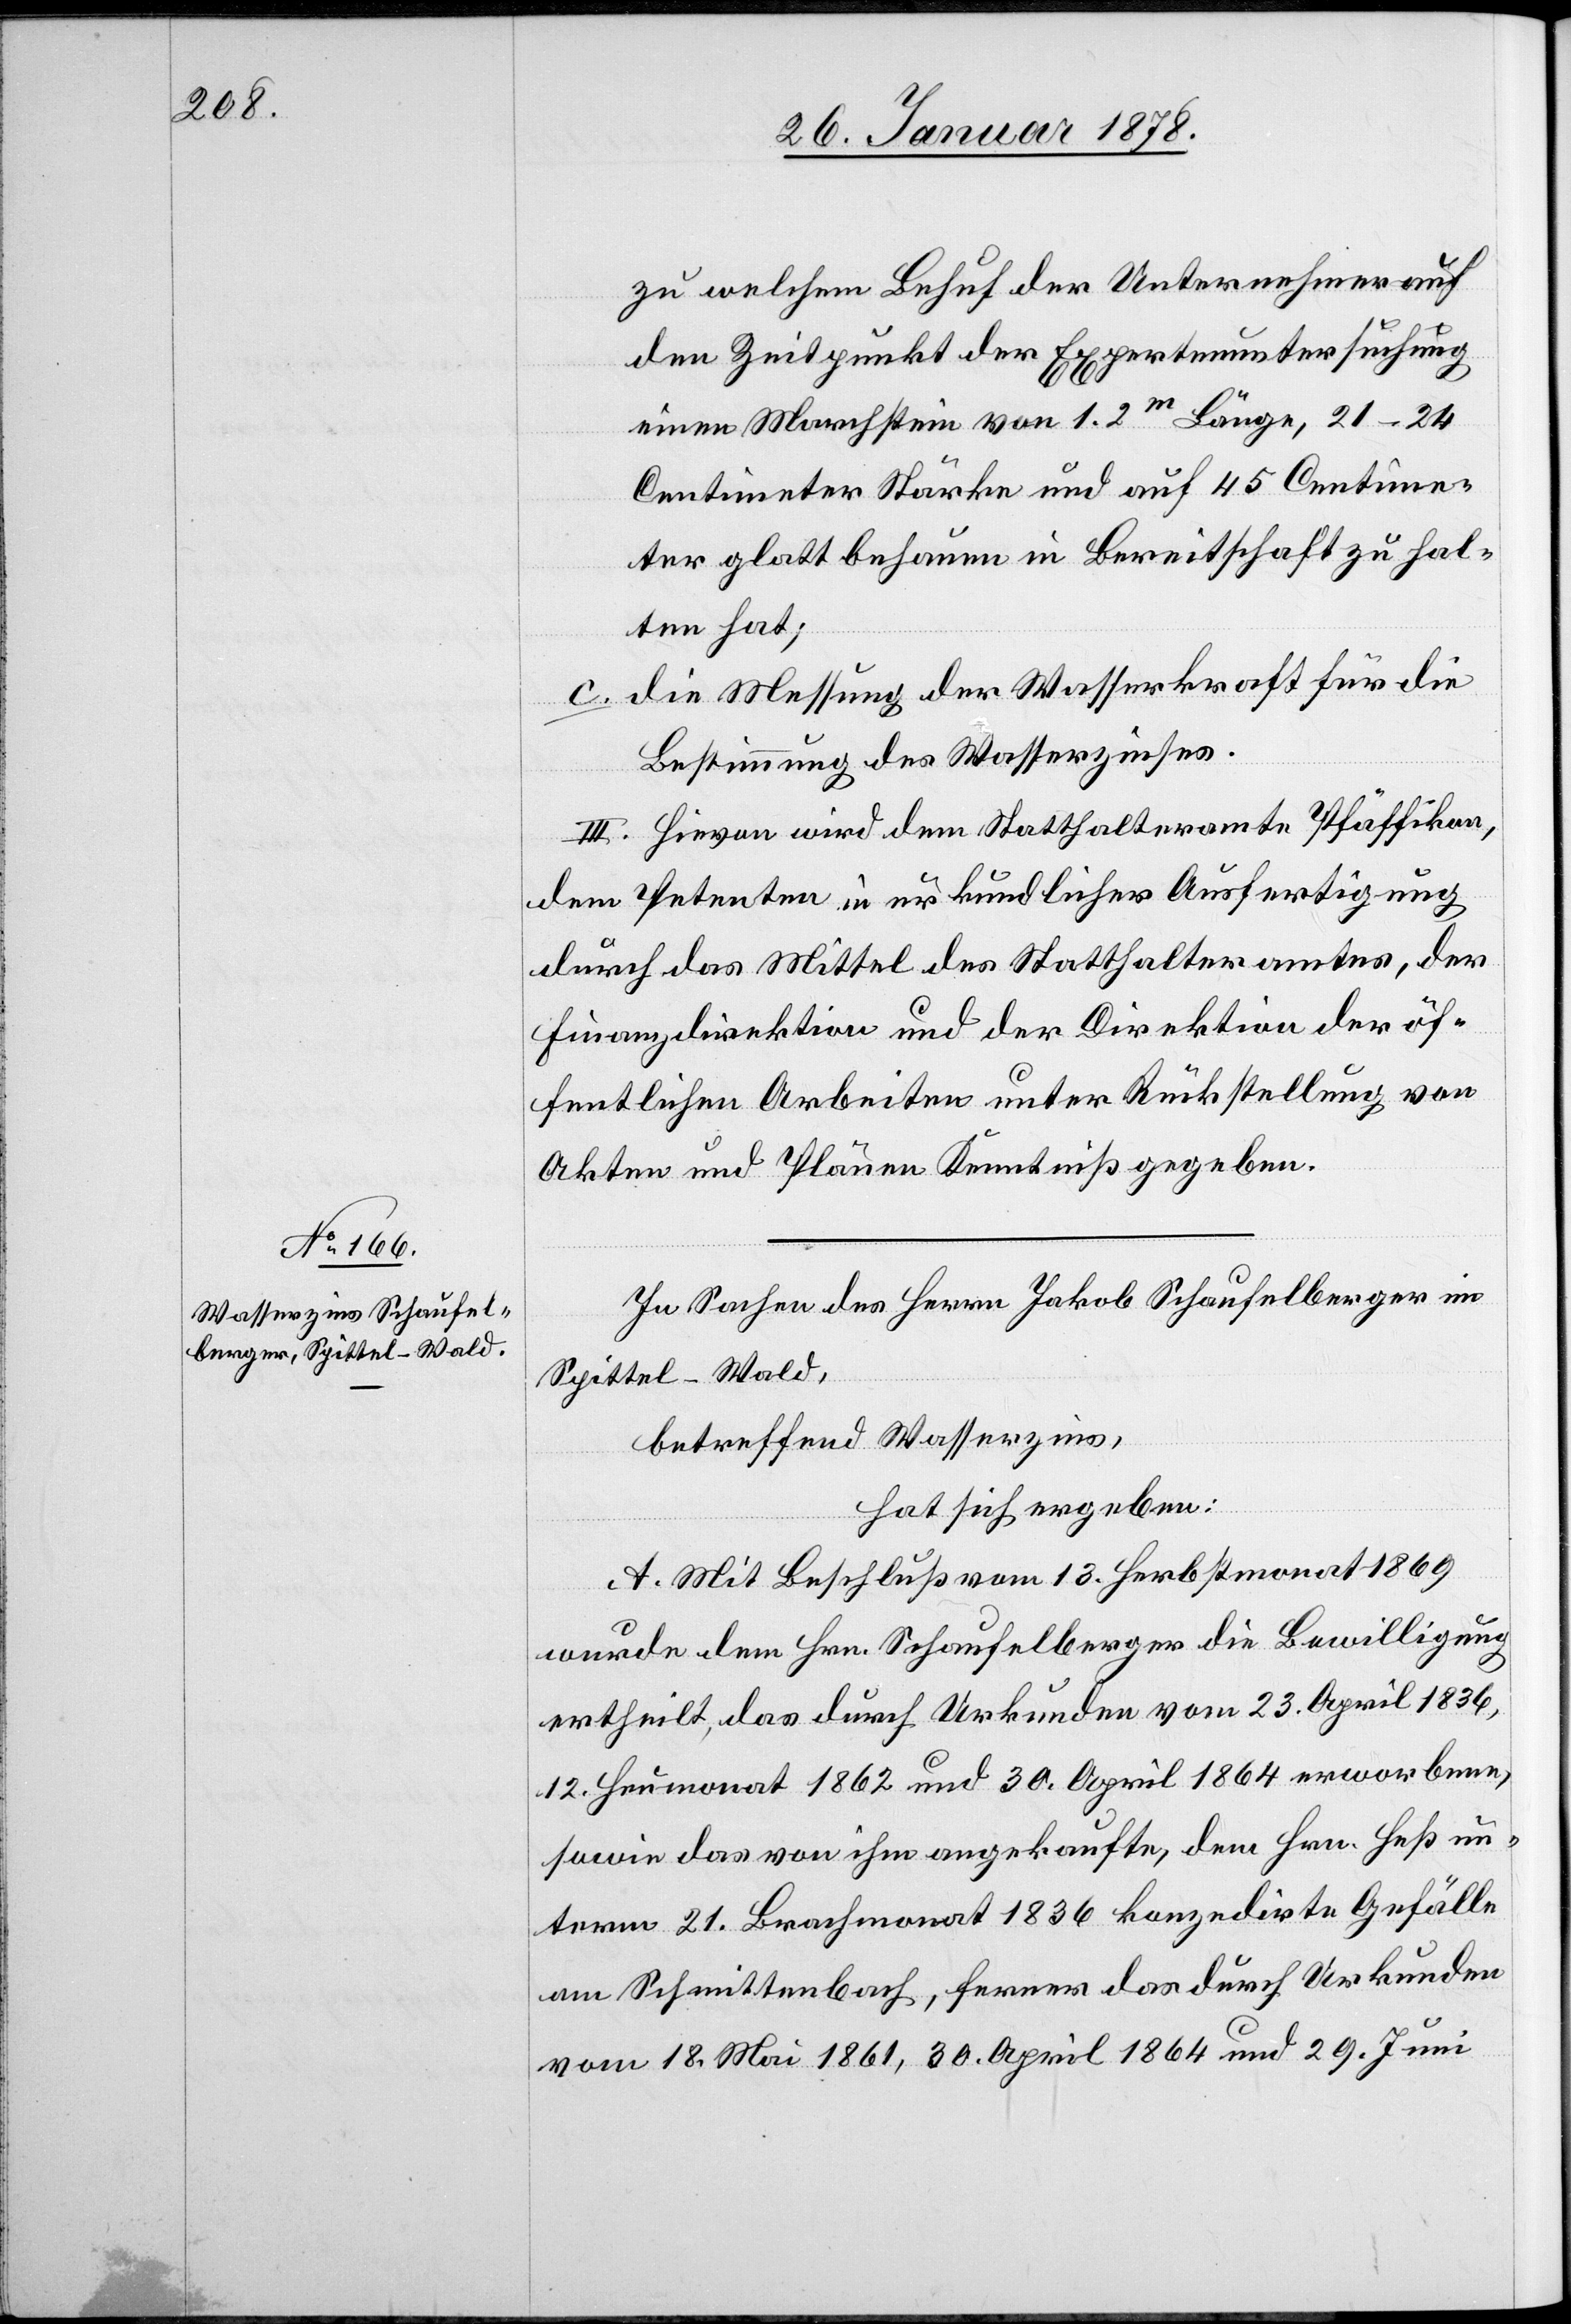
zu welchem Behuf der Unternehmer auf
den Zeitpunkt der Expertenuntersuchung
einen Marchstein von 1.2 m Länge, 21–24
Centimeter Stärke und auf 45 Centime¬
ter glatt behauen in Bereitschaft zu hal¬
ten hat;
die Messung der Wasserkraft für die
Bestimmung des Wasserzinses.
III. Hievon wird dem Statthalteramte Pfäffikon,
dem Petenten in urkundlicher Ausfertigung
durch das Mittel des Statthalteramtes, der
Finanzdirektion und der Direktion der öf¬
fentlichen Arbeiten unter Rückstellung von
Akten und Plänen Kenntniß gegeben.
In Sachen des Herrn Jakob Schaufelberger im
Spittel - Wald,
betreffend Wasserzins,
hat sich ergeben:
A. Mit Beschluß vom 13. Herbstmonat 1869
wurde dem Hrn. Schaufelberger die Bewilligung
ertheilt, das durch Urkunden vom 23. April 1836,
12. Heumonat 1862 und 30. April 1864 erworbene,
sowie das von ihm angekaufte, dem Hrn. Heß un¬
term 21. Brachmonat 1836 konzedirte Gefälle
am Schmittenbach, ferner das durch Urkunden
vom 18. Mai 1861, 30. April 1864 und 29. Juni